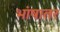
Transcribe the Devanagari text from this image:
भांषातर